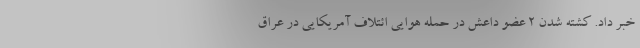
خبر داد. کشته شدن ۲ عضو داعش در حمله هوایی ائتلاف آمریکایی در عراق